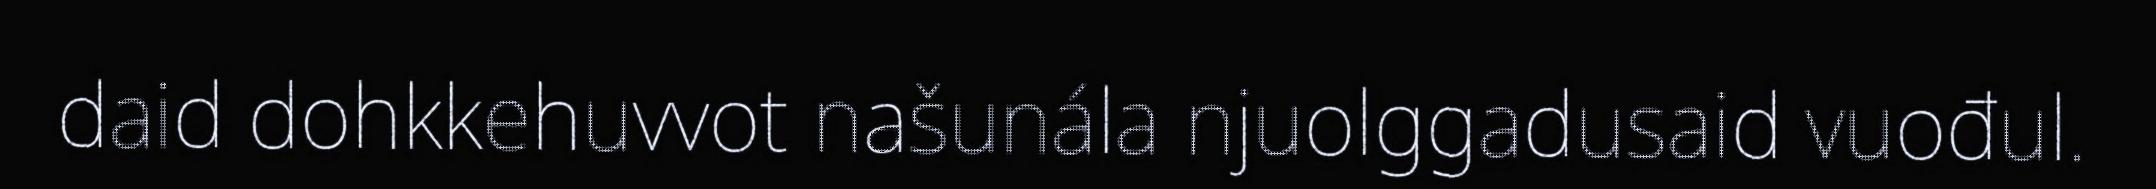
daid dohkkehuvvot našunála njuolggadusaid vuođul.